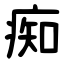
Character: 痴